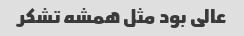
عالی بود مثل همشه تشکر